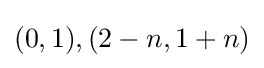
(0,1),(2-n,1+n)